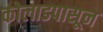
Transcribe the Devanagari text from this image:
कोलाडपासून